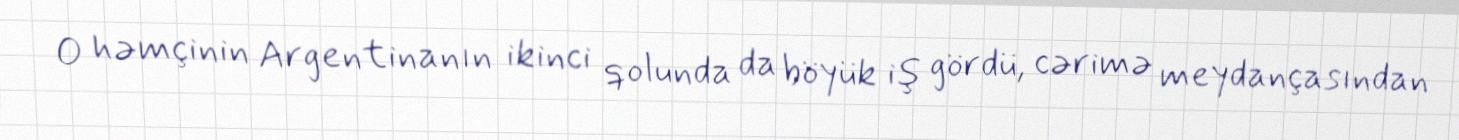
O həmçinin Argentinanın ikinci qolunda da böyük iş gördü, cərimə meydançasından